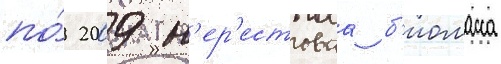
по́ 2009 н'ер'естоваа б'иомасса